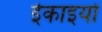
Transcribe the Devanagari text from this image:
ईकाइयो